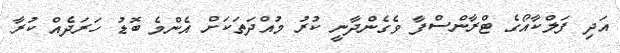
އަދި ފަލްކާއޯގެ ޓްރާންސްފާ ވެގެންދާނީ ކުރު މުއްދަތަކަށް އެންމެ ބޮޑު ހަރަދެއް ކުރާ